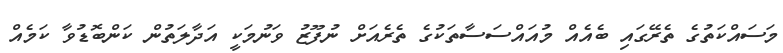
މަސައްކަތުގެ ތެރޭގައި ބެއެއް މުއައްސަސާތަކުގެ ތެރެއަށް ނުފޫޒު ވަނުމަކީ އަދާލަތުން ކަންބޮޑުވާ ކަމެއް